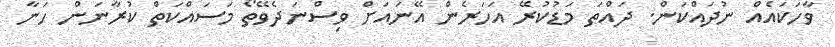
ވާހަކައެއް ނުދައްކަން. ދައްތަ މަޑުކުރޭ އަހަރެން އޭނައަށް ވިސްނަދެވޭތޯ މަސައްކަތް ކުރާނަން ހަނާ